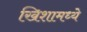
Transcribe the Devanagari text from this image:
खिशामध्ये